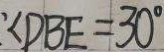
\angle D B E = 3 0 ^ { \circ }